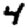
Digit: 4